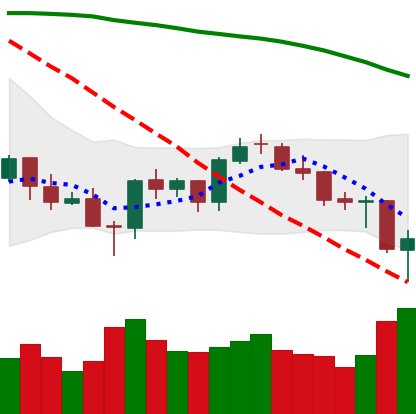
Ticker: BTC-USD
Chart end date: 2021-06-22
Forward return: 6.596%
Label: up_5_7